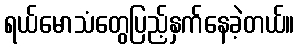
ရယ်မောသံတွေပြည့်နှက်နေခဲ့တယ်။